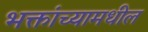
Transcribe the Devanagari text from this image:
भक्तांच्यामधील